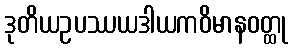
ဒုတိယဥပဿယဒါယကဝိမာနဝတ္ထု